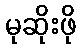
မုဆိုးဖို